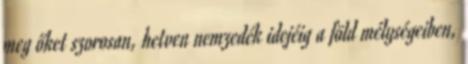
meg őket szorosan, hetven nemzedék idejéig a föld mélységeiben,